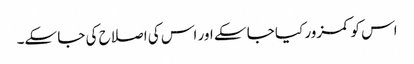
اس کو کمزور کیا جا سکے اور اس کی اصلاح کی جا سکے۔